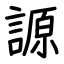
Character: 謜